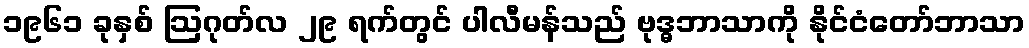
၁၉၆၁ ခုနှစ် ဩဂုတ်လ ၂၉ ရက်တွင် ပါလီမန်သည် ဗုဒ္ဓဘာသာကို နိုင်ငံတော်ဘာသာ